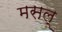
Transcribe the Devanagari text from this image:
मसल्‌